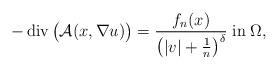
LaTeX: \begin{align*}-\operatorname{div}\big(\mathcal{A}(x,\nabla u)\big) &= \frac{f_n(x)}{\big(|v|+\frac{1}{n}\big)^\delta}\;\mbox{in}\;\Omega,\end{align*}